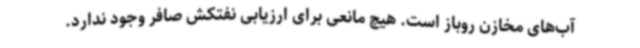
آب‌های مخازن روباز است. هیچ مانعی برای ارزیابی نفتکش صافر وجود ندارد.